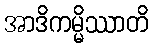
အာဒိကမ္မိဿာတိ